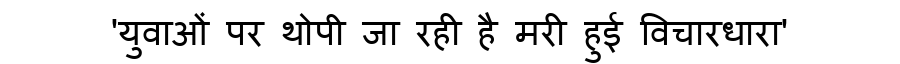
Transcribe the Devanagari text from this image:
'युवाओं पर थोपी जा रही है मरी हुई विचारधारा'